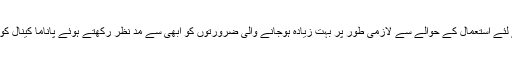
مستقبل میں اس آبی راستے کے تجارتی جہاز رانی کے لئے استعمال کے حوالے سے لازمی طور پر بہت زیادہ ہوجانے والی ضرورتوں کو ابھی سے مد نظر رکھتے ہوئے پاناما کینال کو نہ صرف مزید چوڑا بلکہ اور گہرا بھی بنایا جائے گا۔